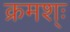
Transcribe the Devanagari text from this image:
क्रमश्ः